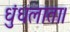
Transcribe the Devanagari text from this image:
धुंधलाता।